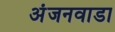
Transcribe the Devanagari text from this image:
अंजनवाडा